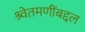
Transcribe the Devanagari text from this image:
श्र्वेतमणींबद्दल